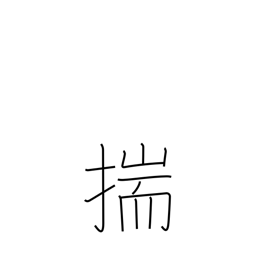
Meaning: conjecture